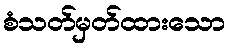
စံသတ်မှတ်ထားသော